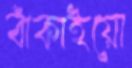
বাঁকাইয়ো